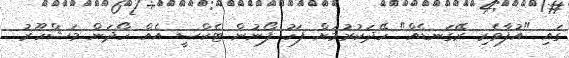
ގައި "އުފާވެރި ރޭގަނޑެއް" ހޭދަކުރުމަށް ފަހު ފޯނުން ޓެކްސީ އެއް ހޯދަން މަޝްހޫރު